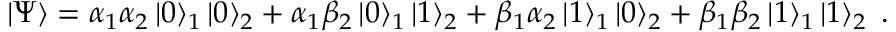
\left| \Psi \right\rangle = \alpha _ { 1 } \alpha _ { 2 } \left| 0 \right\rangle _ { 1 } \left| 0 \right\rangle _ { 2 } + \alpha _ { 1 } \beta _ { 2 } \left| 0 \right\rangle _ { 1 } \left| 1 \right\rangle _ { 2 } + \beta _ { 1 } \alpha _ { 2 } \left| 1 \right\rangle _ { 1 } \left| 0 \right\rangle _ { 2 } + \beta _ { 1 } \beta _ { 2 } \left| 1 \right\rangle _ { 1 } \left| 1 \right\rangle _ { 2 } \; .